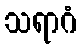
သရာဂံ